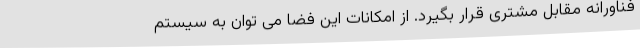
فناورانه مقابل مشتری قرار بگیرد. از امکانات این فضا می توان به سیستم